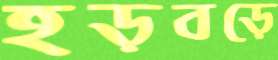
হড়বড়ে